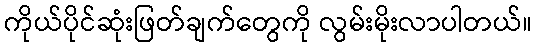
ကိုယ်ပိုင်ဆုံးဖြတ်ချက်တွေကို လွမ်းမိုးလာပါတယ်။